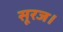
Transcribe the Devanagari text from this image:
सूरज।